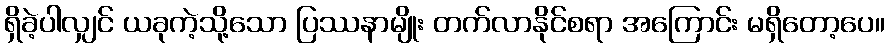
ရှိခဲ့ပါလျှင် ယခုကဲ့သို့သော ပြဿနာမျိုး တက်လာနိုင်စရာ အကြောင်း မရှိတော့ပေ။